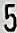
5